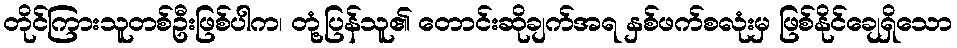
တိုင်ကြားသူတစ်ဦးဖြစ်ပါက၊ တုံ့ပြန်သူ၏ တောင်းဆိုချက်အရ နှစ်ဖက်စလုံးမှ ဖြစ်နိုင်ချေရှိသော